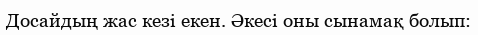
Досайдың жас кезі екен. Әкесі оны сынамақ болып: